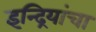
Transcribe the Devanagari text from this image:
इन्द्रियांचा